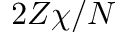
2 Z \chi / N